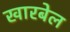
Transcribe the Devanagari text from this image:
खारबेल